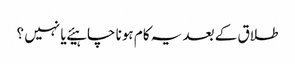
طلاق کے بعد یہ کام ہونا چاہیئے یا نہیں ؟